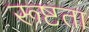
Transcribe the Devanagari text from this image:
रूष्टता